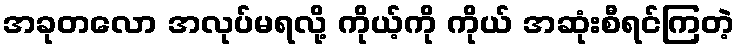
အခုတလော အလုပ်မရလို့ ကိုယ့်ကို ကိုယ် အဆုံးစီရင်ကြတဲ့